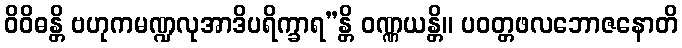
ဝိဝိဓန္တိ ဗဟုကမဏ္ဍလုအာဒိပရိက္ခာရ”န္တိ ဝဏ္ဏယန္တိ။ ပဝတ္တဖလဘောဇနောတိ